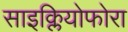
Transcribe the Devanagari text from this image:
साइक्लियोफोरा